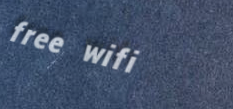
free wifi